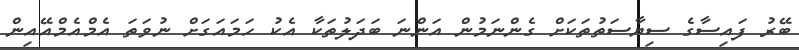
ބޭރު ފައިސާގެ ސިޔާސަތުތަކަށް ގެންނަމުން އަންނަ ބަދަލުތަކާ އެކު ހަމައަގަށް ނުވަތަ އެމްއެމްއޭއިން